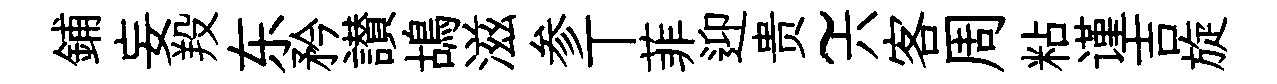
鋪妄羖东矜讃鴣滋参丅菲迎贵~六客周粘谨吉旋